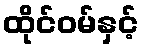
ထိုင်ဝမ်နှင့်